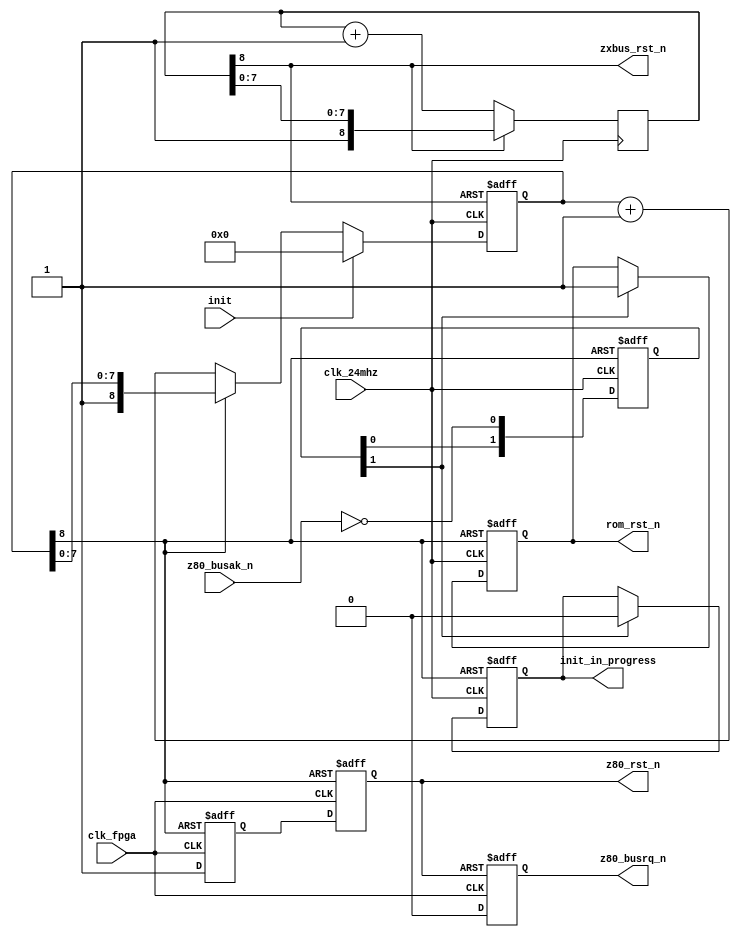
module reset
(
	input  wire clk_fpga,
	input  wire clk_24mhz,

	input  wire init,
	output reg  init_in_progress,

	output wire zxbus_rst_n,
	output reg    rom_rst_n,
	output reg    z80_rst_n,

	output reg  z80_busrq_n,
	input  wire z80_busak_n
);

parameter RST_CNT_SIZE = 8;

	reg [RST_CNT_SIZE:0] poweron_rst_cnt;
	reg [RST_CNT_SIZE:0] rz_rst_cnt;

	wire poweron_rst_n = poweron_rst_cnt[RST_CNT_SIZE];

	wire rz_rst_n = rz_rst_cnt[RST_CNT_SIZE];

	reg z80_rst2;

	reg [1:0] z80_halted;


	// make overall reset from poweron
	//
	initial
		poweron_rst_cnt <= 'd0;
	//
	always @(posedge clk_24mhz)
	if( !poweron_rst_n )
		poweron_rst_cnt <= poweron_rst_cnt + 'd1;


	// make zxbus reset
	assign zxbus_rst_n = poweron_rst_n;


	// make rom/z80 reset
	//
	always @(posedge clk_24mhz, negedge poweron_rst_n)
	if( !poweron_rst_n )
		rz_rst_cnt <= 'd0;
	else if( init )
		rz_rst_cnt <= 'd0;
	else if( !rz_rst_n )
		rz_rst_cnt <= rz_rst_cnt + 'd1;

	// z80 reset
	always @(posedge clk_fpga, negedge rz_rst_n)
	if( !rz_rst_n )
	begin
		z80_rst_n <= 1'b0;
		z80_rst2  <= 1'b0;
	end
	else
	begin
		z80_rst_n <= z80_rst2;
		z80_rst2  <= 1'b1;
	end

	// z80 busrq/busak
	always @(posedge clk_fpga, negedge z80_rst_n)
	if( !z80_rst_n )
		z80_busrq_n <= 1'b1;
	else
		z80_busrq_n <= 1'b0;
	//
	always @(posedge clk_24mhz, negedge rz_rst_n)
	if( !rz_rst_n )
		z80_halted <= 2'b00;
	else
		z80_halted[1:0] <= {z80_halted[0], ~z80_busak_n};


	// rom reset, init_in_progress
	always @(posedge clk_24mhz, negedge rz_rst_n)
	if( !rz_rst_n )
	begin
		rom_rst_n        <= 1'b0;
		init_in_progress <= 1'b1;
	end
	else if( z80_halted[1] )
	begin
		rom_rst_n        <= 1'b1;
		init_in_progress <= 1'b0;
	end


endmodule